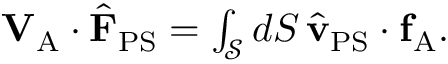
\begin{array} { r } { \mathbf { V } _ { \mathrm { A } } \cdot \hat { \mathbf { F } } _ { \mathrm { P S } } = \int _ { \mathcal { S } } d S \, \hat { \mathbf { v } } _ { \mathrm { P S } } \cdot \mathbf { f } _ { \mathrm { A } } . } \end{array}